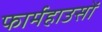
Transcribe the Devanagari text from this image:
फार्महाउसों